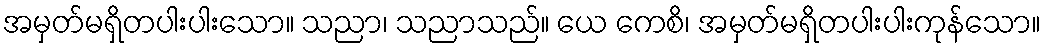
အမှတ်မရှိတပါးပါးသော။ သညာ၊ သညာသည်။ ယေ ကေစိ၊ အမှတ်မရှိတပါးပါးကုန်သော။